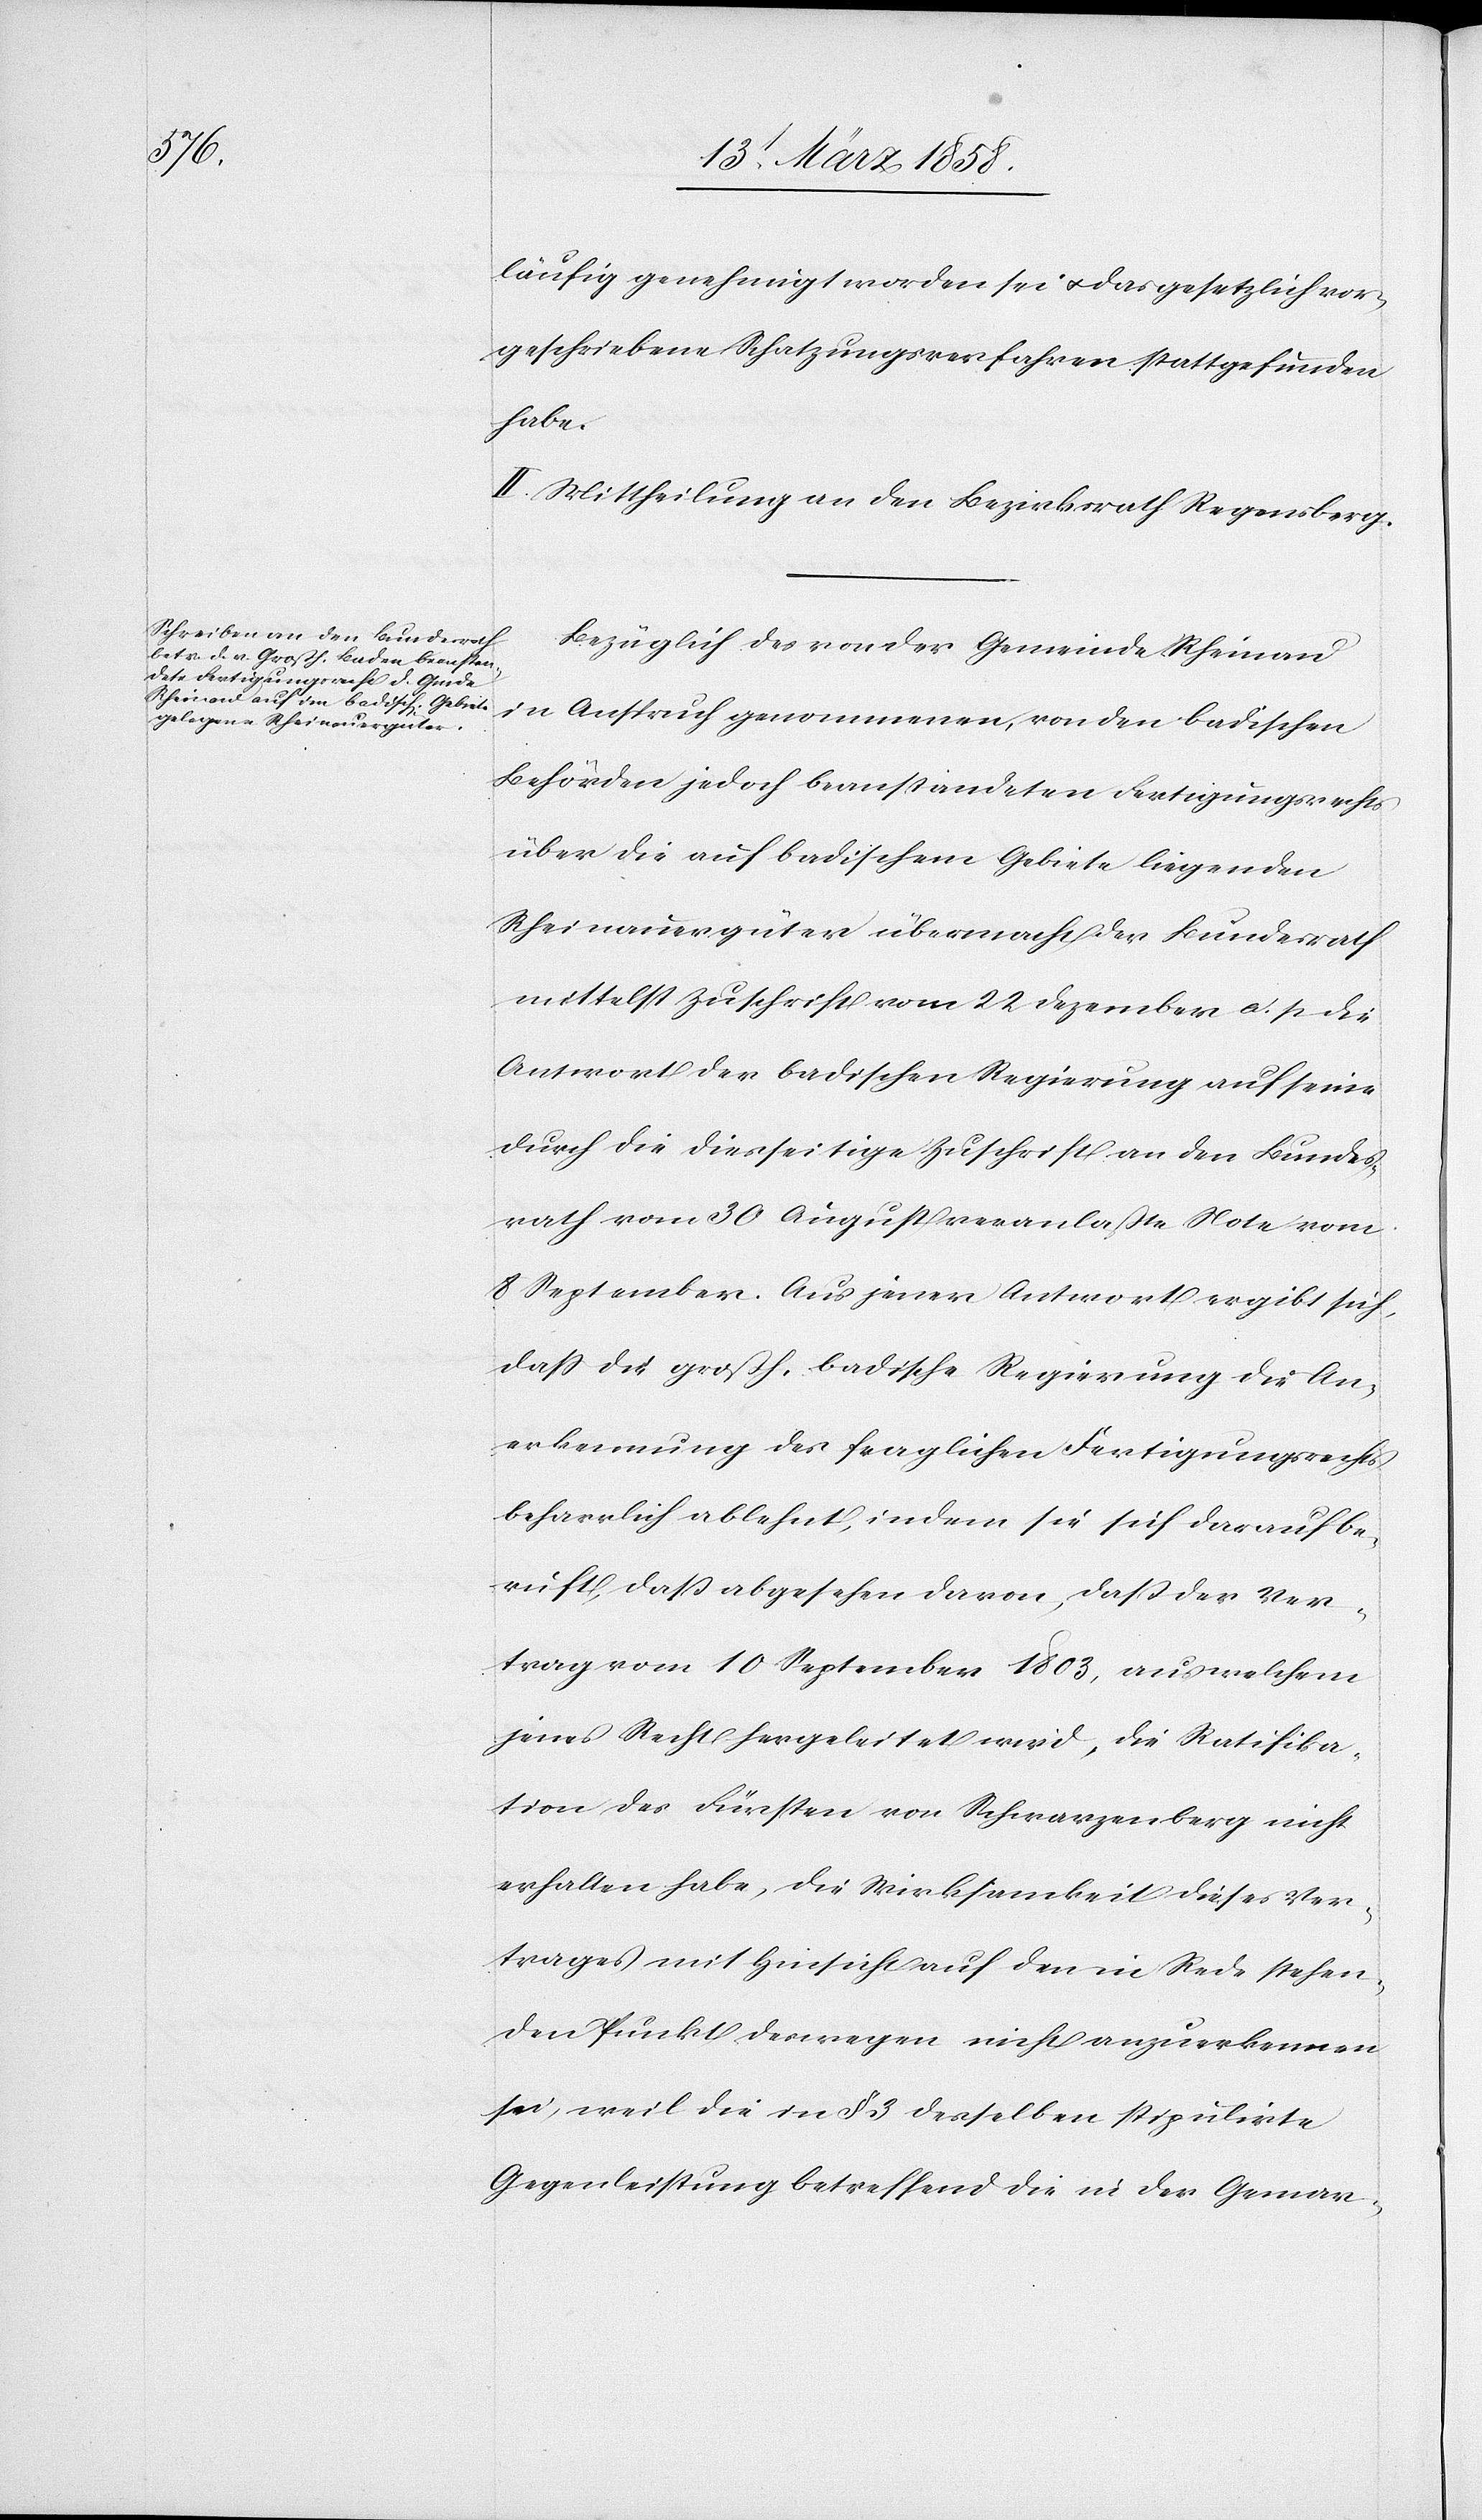
läufig genehmigt worden sei u. das gesetzlich vor¬
geschriebene Schatzungsverfahren stattgefunden
habe.
II. Mittheilung an den Bezirksrath Regensberg.
Bezüglich des von der Gemeinde Rheinau
in Anspruch genommenen, von den badischen
Behörden jedoch beanstandeten Fertigungsrechts
über die auf badischem Gebiete liegenden
Rheinauergüter übermacht der Bundesrath
mittelst Zuschrift vom 22. Dezember a. p. die
Antwort der badischen Regierung auf seine
durch die diesseitige Zuschrift an den Bundes¬
rath vom 30. August veranlaßte Note vom
8. September. Aus jener Antwort ergibt sich,
daß die großh. badische Regierung die An¬
erkennung des fraglichen Fertigungsrechts
beharrlich ablehnt, indem sie sich darauf be¬
ruft, daß abgesehen davon, daß der Ver¬
trag vom 10. September 1803, aus welchem
jenes Recht hergeleitet wird, die Ratifika¬
tion des Fürsten von Schwarzenberg nicht
erhalten habe, die Wirksamkeit dieses Ver¬
trages mit Hinsicht auf den in Rede stehen¬
den Punkt deswegen nicht anzuerkennen
sei, weil die in § 3 desselben stipulirte
Gegenleistung betreffend die in der Gemar-